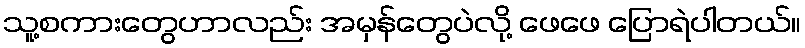
သူ့စကားတွေဟာလည်း အမှန်တွေပဲလို့ ဖေဖေ ပြောရဲပါတယ်။